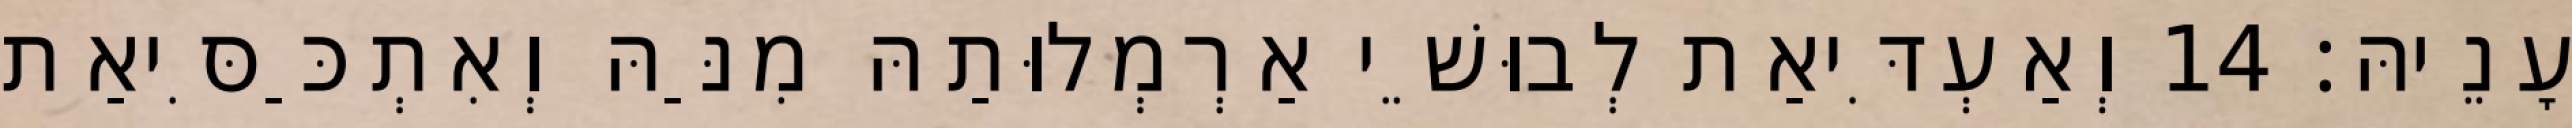
עָנֵיהּ׃ 14 וְאַעְדִּיאַת לְבוּשֵׁי אַרְמְלוּתַהּ מִנַּהּ וְאִתְכַּסִּיאַת